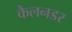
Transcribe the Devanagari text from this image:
कैलनडर